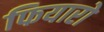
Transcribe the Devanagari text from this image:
फियारो